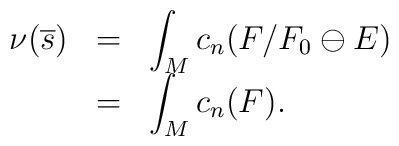
\begin{array}{lll}\nu(\overline{s})&=&\displaystyle\int_M c_n(F/F_0\ominus E)\\                         &=&\displaystyle\int_M c_n(F).\end{array}